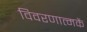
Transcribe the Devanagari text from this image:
विवरणात्मकें